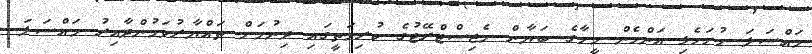
މައްސަލަ ހުށަހެޅި އަންހެން މީހާގެ ބަޔާން މެޖިސްޓްރޭޓުގެ ކުރިމަތީގައި ދިނުމަށް ތައްޔާރުވަމުންދާއިރު މައްސަލަ